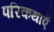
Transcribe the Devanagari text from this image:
परिकथाएँ